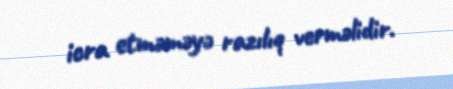
icra etməməyə razılıq verməlidir.